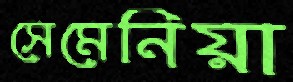
সেমেনিয়া